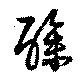
酴